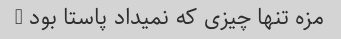
مزه تنها چیزی که نمیداد پاستا بود …